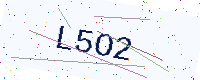
Text: L5O2